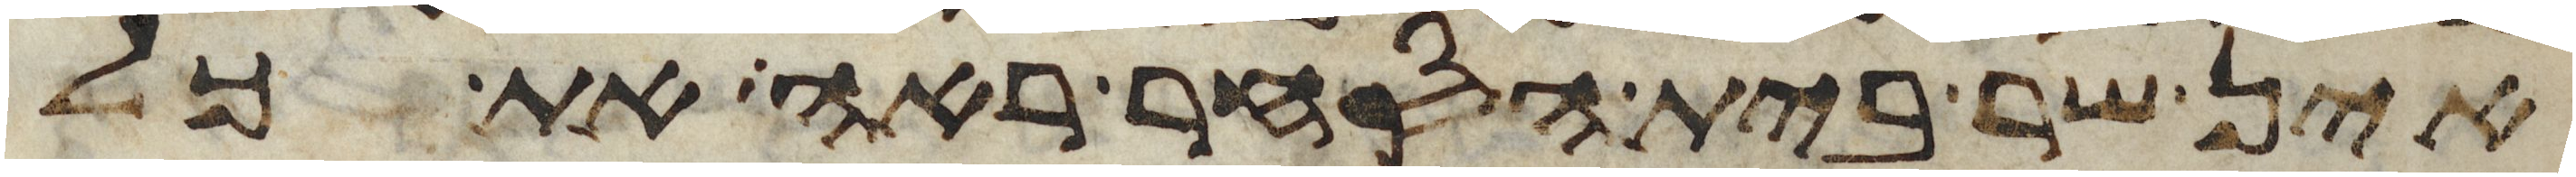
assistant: אין שר בית הסחר ראה את כל